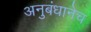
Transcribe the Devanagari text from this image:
अनुबंधानेच